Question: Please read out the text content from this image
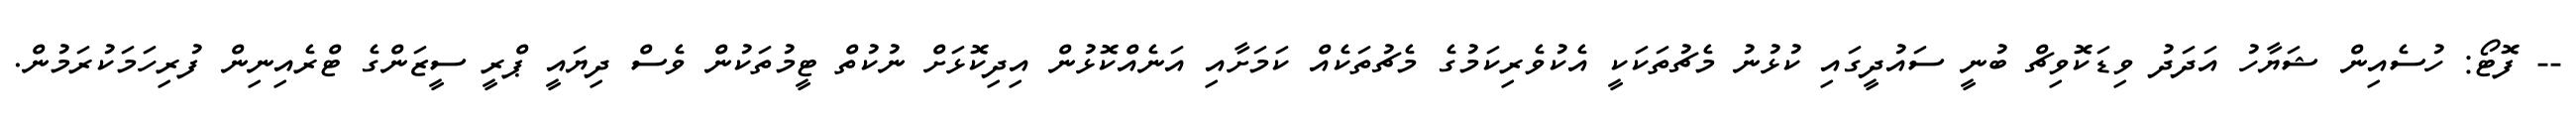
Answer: -- ފޮޓޯ: ހުސެއިން ޝަޔާހު އަދަދު ވިޑަކޮވިޗް ބުނީ ސައުދީގައި ކުޅުނު މެޗުތަކަކީ އެކުވެރިކަމުގެ މެޗުތަކެއް ކަމަށާއި އަނެއްކޮޅުން އިދިކޮޅަށް ނުކުތް ޓީމުތަކުން ވެސް ދިޔައީ ޕްރީ ސީޒަންގެ ޓްރެއިނިން ފުރިހަމަކުރަމުން.